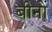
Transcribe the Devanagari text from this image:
बीनों